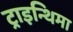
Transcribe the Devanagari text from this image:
ट्राइन्थिमा